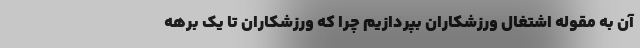
آن به مقوله اشتغال ورزشکاران بپردازیم چرا که ورزشکاران تا یک برهه